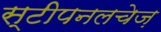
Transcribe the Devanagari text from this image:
स्टीपनलचेज़